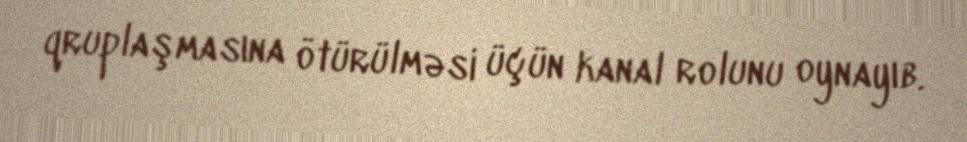
qruplaşmasına ötürülməsi üçün kanal rolunu oynayıb.